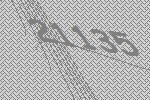
21135